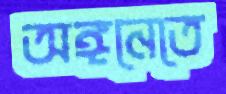
অঙ্গনেতে